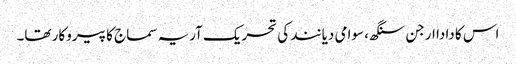
اس کا دادا ارجن سنگھ، سوامی دیانند کی تحریک آریہ سماج کا پیروکار تھا۔